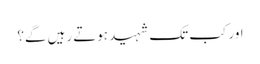
اور کب تک شہید ہوتے رہیں گے؟